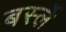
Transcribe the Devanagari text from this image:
बर्स्ले